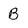
Character: B